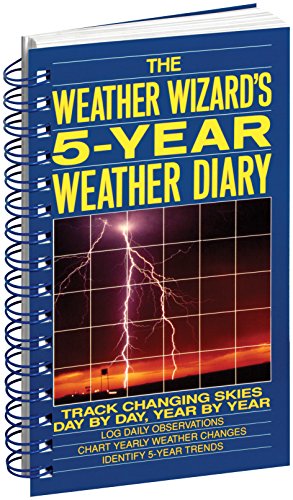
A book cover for The Weather Wizard's 5-Year Weather Diary; Jim Duncan; Science & Math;